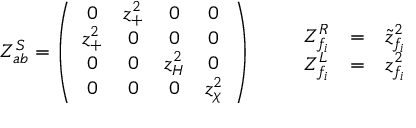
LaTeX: Z _ { a b } ^ { S } = \left( \begin{array} { c c c c } { { 0 } } & { { z _ { + } ^ { 2 } } } & { { 0 } } & { { 0 } } \\ { { z _ { + } ^ { 2 } } } & { { 0 } } & { { 0 } } & { { 0 } } \\ { { 0 } } & { { 0 } } & { { z _ { H } ^ { 2 } } } & { { 0 } } \\ { { 0 } } & { { 0 } } & { { 0 } } & { { z _ { \chi } ^ { 2 } } } \end{array} \right) \qquad \begin{array} { c c c } { { Z _ { f _ { i } } ^ { R } } } & { { = } } & { { \tilde { z } _ { f _ { i } } ^ { 2 } } } \\ { { Z _ { f _ { i } } ^ { L } } } & { { = } } & { { z _ { f _ { i } } ^ { 2 } } } \end{array}